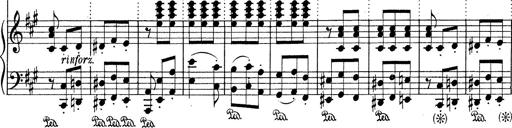
Title: Mephisto Waltz No.1
Composer: Franz Liszt